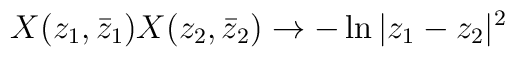
X(z_1,\bar z_1)X(z_2,\bar z_2)\rightarrow -\ln{|z_1-z_2|^2}